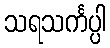
သရသင်္ကပ္ပါ